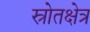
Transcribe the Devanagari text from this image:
स्रोतक्षेत्र